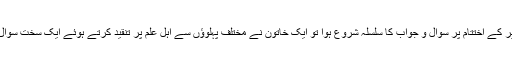
تقاریر کے اختتام پر سوال و جواب کا سلسلہ شروع ہوا تو ایک خاتون نے مختلف پہلوؤں سے اہل علم پر تنقید کرتے ہوئے ایک سخت سوال کیا۔